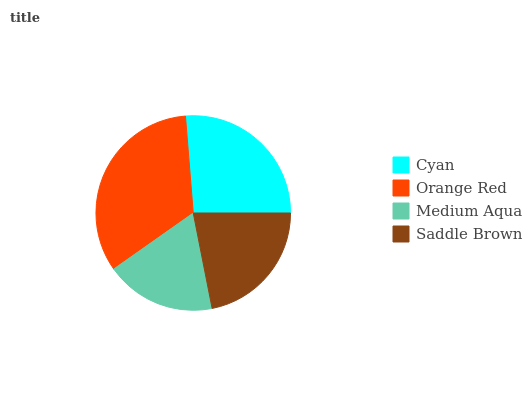
| Cyan | Orange Red | Medium Aqua | Saddle Brown |
 | --- | --- | --- | --- |
 | 26.3% | 33.4% | 18.3% | 22% |